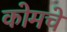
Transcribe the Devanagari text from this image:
कोमचे